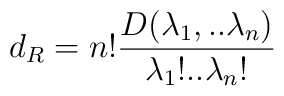
d_R = n! \frac{D( \lambda_1, .. \lambda_n) }{\lambda_1 ! .. \lambda_n!}